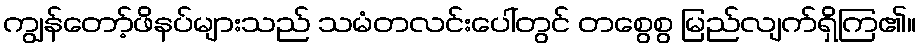
ကျွန်တော့်ဖိနပ်များသည် သမံတလင်းပေါ်တွင် တစွေစွ မြည်လျက်ရှိကြ၏။